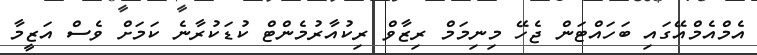
އެމްއެމްއޭގައި ބަހައްޓަން ޖެހޭ މިނިމަމް ރިޒާވް ރިކުއާރުމެންޓް ކުޑަކުރާނެ ކަމަށް ވެސް އަޒީމާ